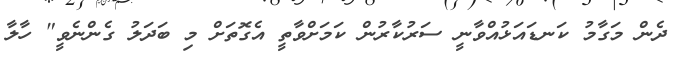
ދެން މަގާމު ކަނޑައަޅުއްވާނީ ސަރުކާރުން ކަމަށްވާތީ އެގޮތަށް މި ބަދަލު ގެންނެވީ" ހާލާ